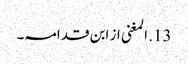
13. المغنی از ابن قدامہ۔